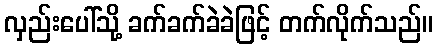
လှည်းပေါ်သို့ ခက်ခက်ခဲခဲဖြင့် တက်လိုက်သည်။